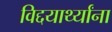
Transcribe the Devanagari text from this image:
विद्दयार्थ्यांना